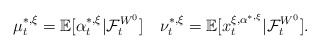
\begin{align*}\mu_t^{*,\xi}=\mathbb E[\alpha^{*,\xi}_t|\mathcal{F}_t^{W^0}]\quad\nu_t^{*,\xi}=\mathbb E[x_t^{\xi,\alpha^{*,\xi}}|\mathcal{F}_t^{W^0}].\end{align*}